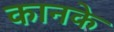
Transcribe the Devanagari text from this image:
कानके